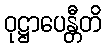
ဝုဋ္ဌာပေန္တီတိ